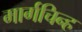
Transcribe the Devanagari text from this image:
मार्गचिन्ह